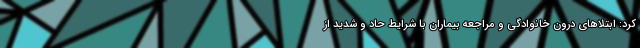
کرد: ابتلاهای درون خانوادگی و مراجعه بیماران با شرایط حاد و شدید از